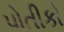
પોતીકો